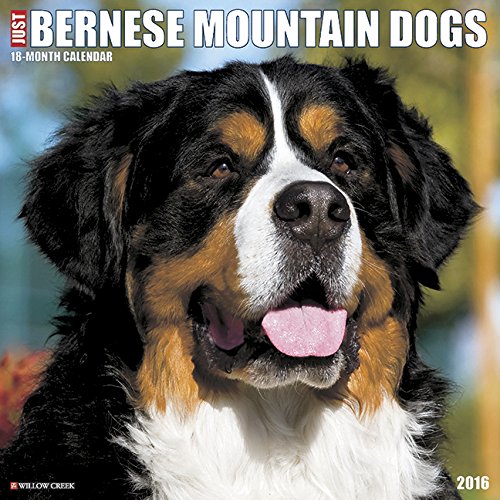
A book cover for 2016 Just Bernese Mountain Dog Wall Calendar; Willow Creek Press; Calendars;